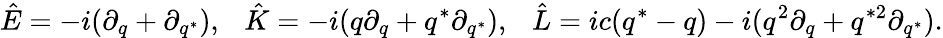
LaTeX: \hat{E}=-i(\partial_{q}+\partial_{q^{*}}),~~~\hat{K}=-i(q\partial_{q}+q^{*}\partial_{q^{*}}),~~~\hat{L}=ic(q^{*}-q)-i(q^{2}\partial_{q}+q^{*2}\partial_{q^{*}}).